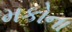
મકોના